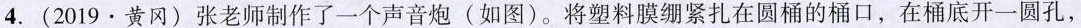
4. (2019 · 黄冈) 张老师制作了一个声音炮(如图)。将塑料膜绷紧扎在圆桶的桶口，在桶底开一圆孔，